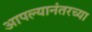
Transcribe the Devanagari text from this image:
आपल्यानंतरच्या